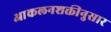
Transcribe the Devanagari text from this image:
आकलनशक्तीनुसार